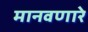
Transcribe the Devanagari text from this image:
मानवणारे